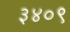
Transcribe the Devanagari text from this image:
३४०९